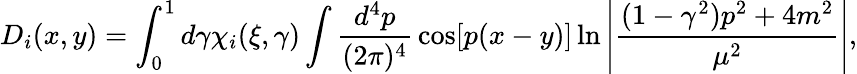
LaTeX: D_{i}(x,y)=\int_{0}^{1}d\gamma\chi_{i}(\xi,\gamma)\int{\frac{d^{4}p}{(2\pi)^{4}}}\cos[p(x-y)]\ln\left|{\frac{(1-\gamma^{2})p^{2}+4m^{2}}{\mu^{2}}}\right|,